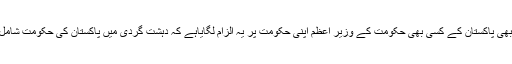
کیا کبھی پاکستان کے کسی بھی حکومت کے وزیر اعظم اپنی حکومت پر یہ الزام لگایاہے کہ دہشت گردی میں پاکستان کی حکومت شامل ہے۔